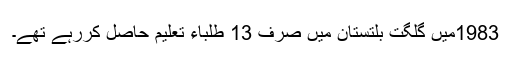
1983میں گلگت بلتستان میں صرف 13 طلباء تعلیم حاصل کررہے تھے۔